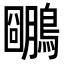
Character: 𪆌